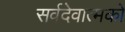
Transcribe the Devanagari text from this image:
सर्वदेवात्मको